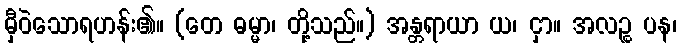
မှီဝဲသောရဟန်း၏။ (တေ ဓမ္မာ၊ တို့သည်။) အန္တရာယာ ယ၊ ငှာ။ အလဉ္စ ပန၊